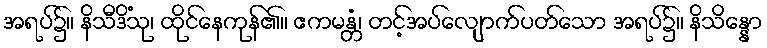
အရပ်၌။ နိသီဒိံသု၊ ထိုင်နေကုန်၏။ ဧကမန္တံ၊ တင့်အပ်လျောက်ပတ်သော အရပ်၌။ နိသိန္နော